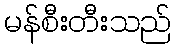
မန်စီးတီးသည်